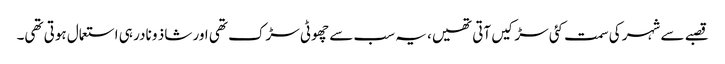
قصبے سے شہر کی سمت کئی سڑکیں آتی تھیں، یہ سب سے چھوٹی سڑک تھی اور شاذ و نادر ہی استعمال ہوتی تھی۔